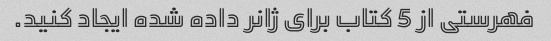
فهرستی از 5 کتاب برای ژانر داده شده ایجاد کنید.